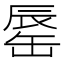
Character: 𨑅